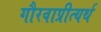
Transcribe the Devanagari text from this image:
गौरवाप्रीत्यर्थ